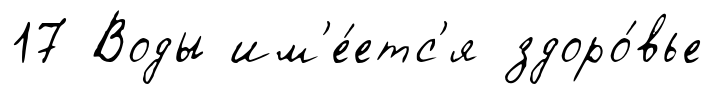
17 Воды им'е́етс'я здоро́вье